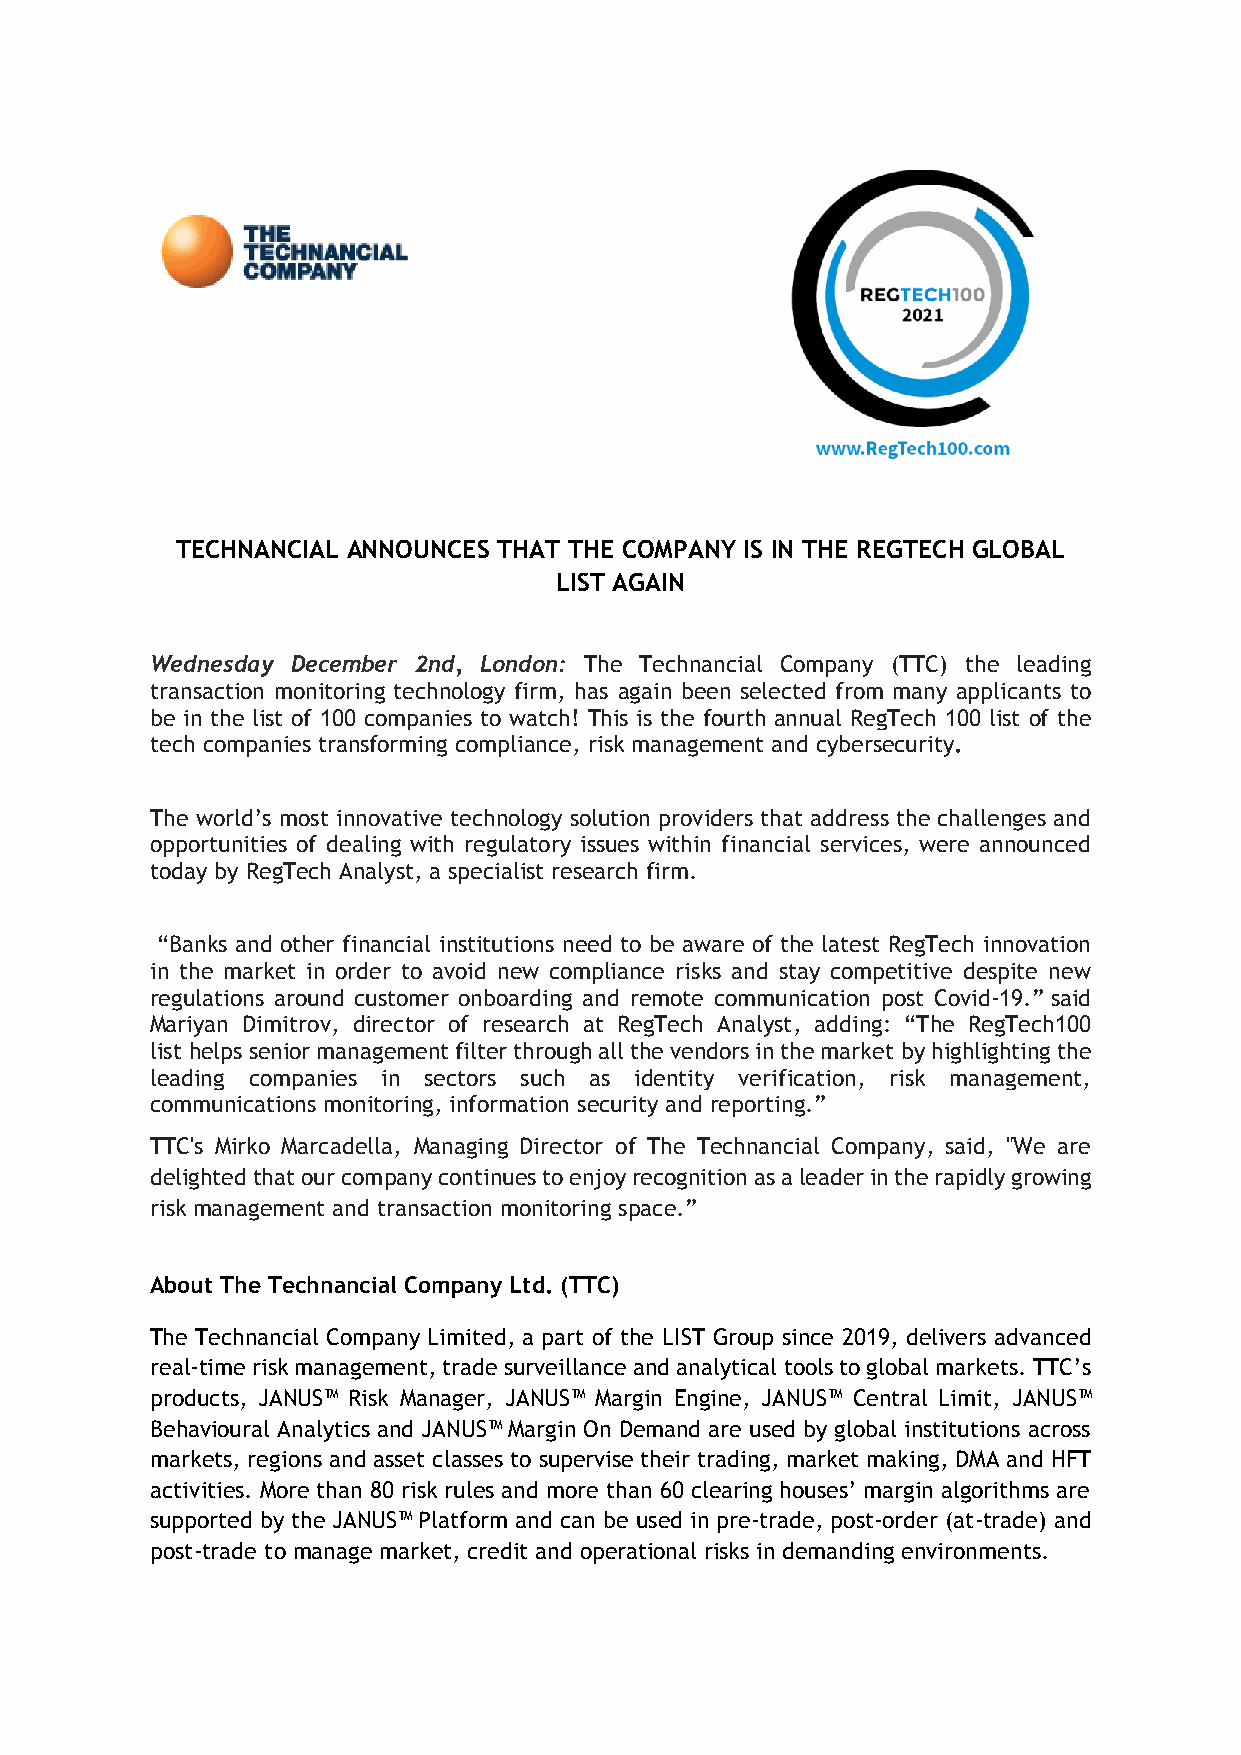
TECHNANCIAL ANNOUNCES THAT THE COMPANY IS IN THE REGTECH GLOBAL
 LIST AGAIN
 Wednesday December 2nd, London: The Technancial Company (TTC) the leading
 transaction monitoring technology firm, has again been selected from many applicants to
 be in the list of 100 companies to watch! This is the fourth annual RegTech 100 list of the
 tech companies transforming compliance, risk management and cybersecurity.
 The world’s most innovative technology solution providers that address the challenges and
 opportunities of dealing with regulatory issues within financial services, were announced
 today by RegTech Analyst, a specialist research firm.
 “Banks and other financial institutions need to be aware of the latest RegTech innovation
 in the market in order to avoid new compliance risks and stay competitive despite new
 regulations around customer onboarding and remote communication post Covid-19.” said
 Mariyan Dimitrov, director of research at RegTech Analyst, adding: “The RegTech100
 list helps senior management filter through all the vendors in the market by highlighting the
 leading companies in sectors such as identity verification, risk management,
 communications monitoring, information security and reporting.”
 TTC's Mirko Marcadella, Managing Director of The Technancial Company, said, "We are
 delighted that our company continues to enjoy recognition as a leader in the rapidly growing
 risk management and transaction monitoring space.”
 About The Technancial Company Ltd. (TTC)
 The Technancial Company Limited, a part of the LIST Group since 2019, delivers advanced
 real-time risk management, trade surveillance and analytical tools to global markets. TTC’s
 products, JANUS™ Risk Manager, JANUS™ Margin Engine, JANUS™ Central Limit, JANUS™
 Behavioural Analytics and JANUS™ Margin On Demand are used by global institutions across
 markets, regions and asset classes to supervise their trading, market making, DMA and HFT
 activities. More than 80 risk rules and more than 60 clearing houses’ margin algorithms are
 supported by the JANUS™ Platform and can be used in pre-trade, post-order (at-trade) and
 post-trade to manage market, credit and operational risks in demanding environments.